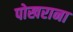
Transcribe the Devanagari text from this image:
पोखराना